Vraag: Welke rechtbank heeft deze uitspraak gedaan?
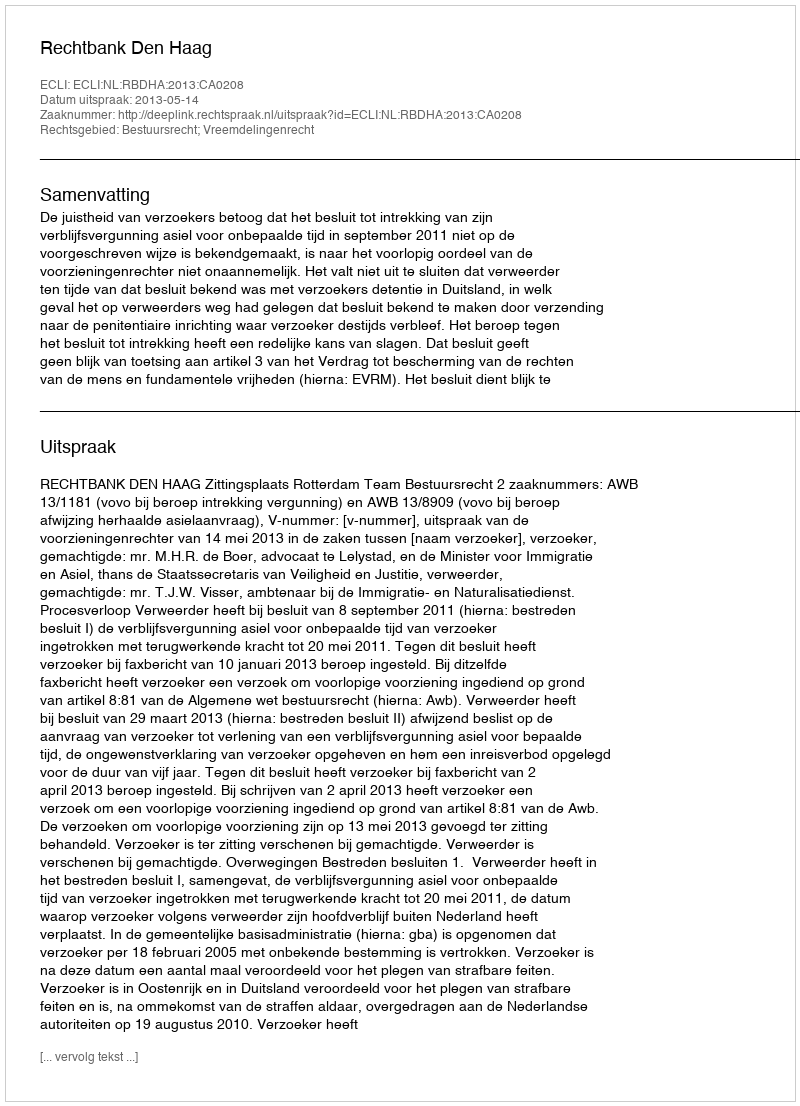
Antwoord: Rechtbank Den Haag